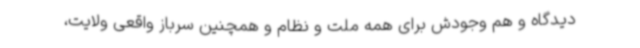
دیدگاه و هم وجودش برای همه ملت و نظام و همچنین سرباز واقعی ولایت،